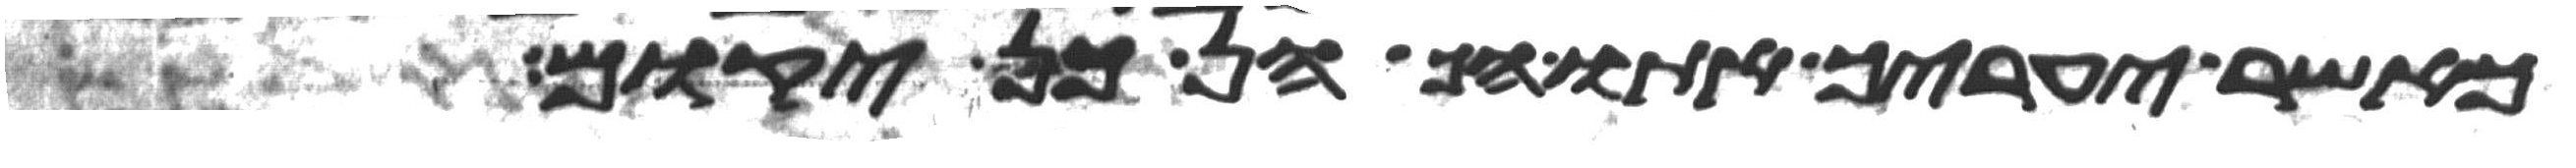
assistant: כאשר יעריך אתו הכהן כן יקום